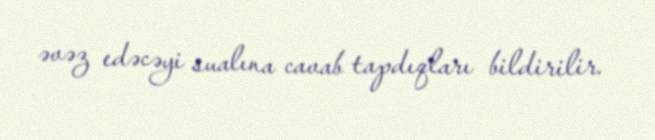
əvəz edəcəyi sualına cavab tapdıqları bildirilir.